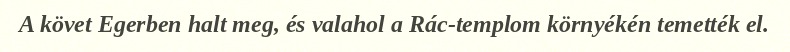
A követ Egerben halt meg, és valahol a Rác-templom környékén temették el.